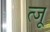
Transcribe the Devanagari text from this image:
त्जू